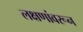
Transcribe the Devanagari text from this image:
लक्षणांवरून